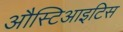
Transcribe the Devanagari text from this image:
औस्टिआइटिस